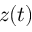
z ( t )